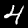
Label: 4